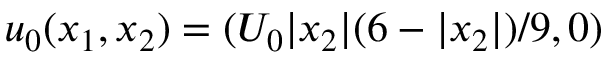
u _ { 0 } ( x _ { 1 } , x _ { 2 } ) = ( U _ { 0 } | x _ { 2 } | ( 6 - | x _ { 2 } | ) / 9 , 0 )